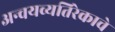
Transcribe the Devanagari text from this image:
अन्वयव्यतिरेकाचे